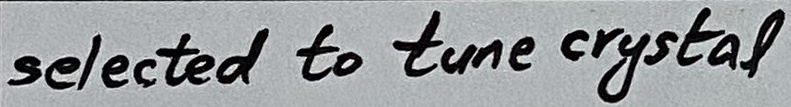
Text: selected to tune crystal